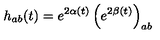
h _ { a b } ( t ) = e ^ { 2 \alpha ( t ) } \left( e ^ { 2 \beta ( t ) } \right) _ { a b }